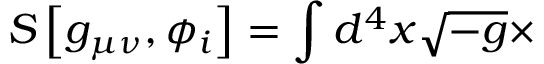
S \left[ g _ { \mu \nu } , \phi _ { i } \right] = \int d ^ { 4 } x \sqrt { - g } \times